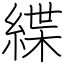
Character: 緤